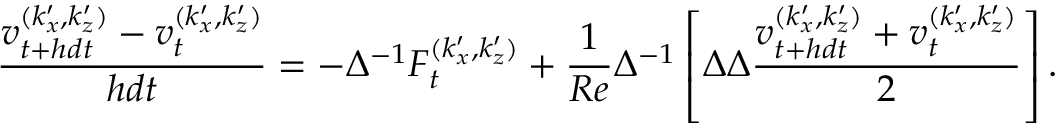
\frac { v _ { t + h d t } ^ { ( k _ { x } ^ { \prime } , k _ { z } ^ { \prime } ) } - v _ { t } ^ { ( k _ { x } ^ { \prime } , k _ { z } ^ { \prime } ) } } { h d t } = - \Delta ^ { - 1 } F _ { t } ^ { ( k _ { x } ^ { \prime } , k _ { z } ^ { \prime } ) } + \frac { 1 } { R e } \Delta ^ { - 1 } \left[ \Delta \Delta \frac { v _ { t + h d t } ^ { ( k _ { x } ^ { \prime } , k _ { z } ^ { \prime } ) } + v _ { t } ^ { ( k _ { x } ^ { \prime } , k _ { z } ^ { \prime } ) } } { 2 } \right] .